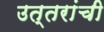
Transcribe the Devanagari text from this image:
उत्तरांची